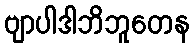
ဗျာပါဒါဘိဘူတေန